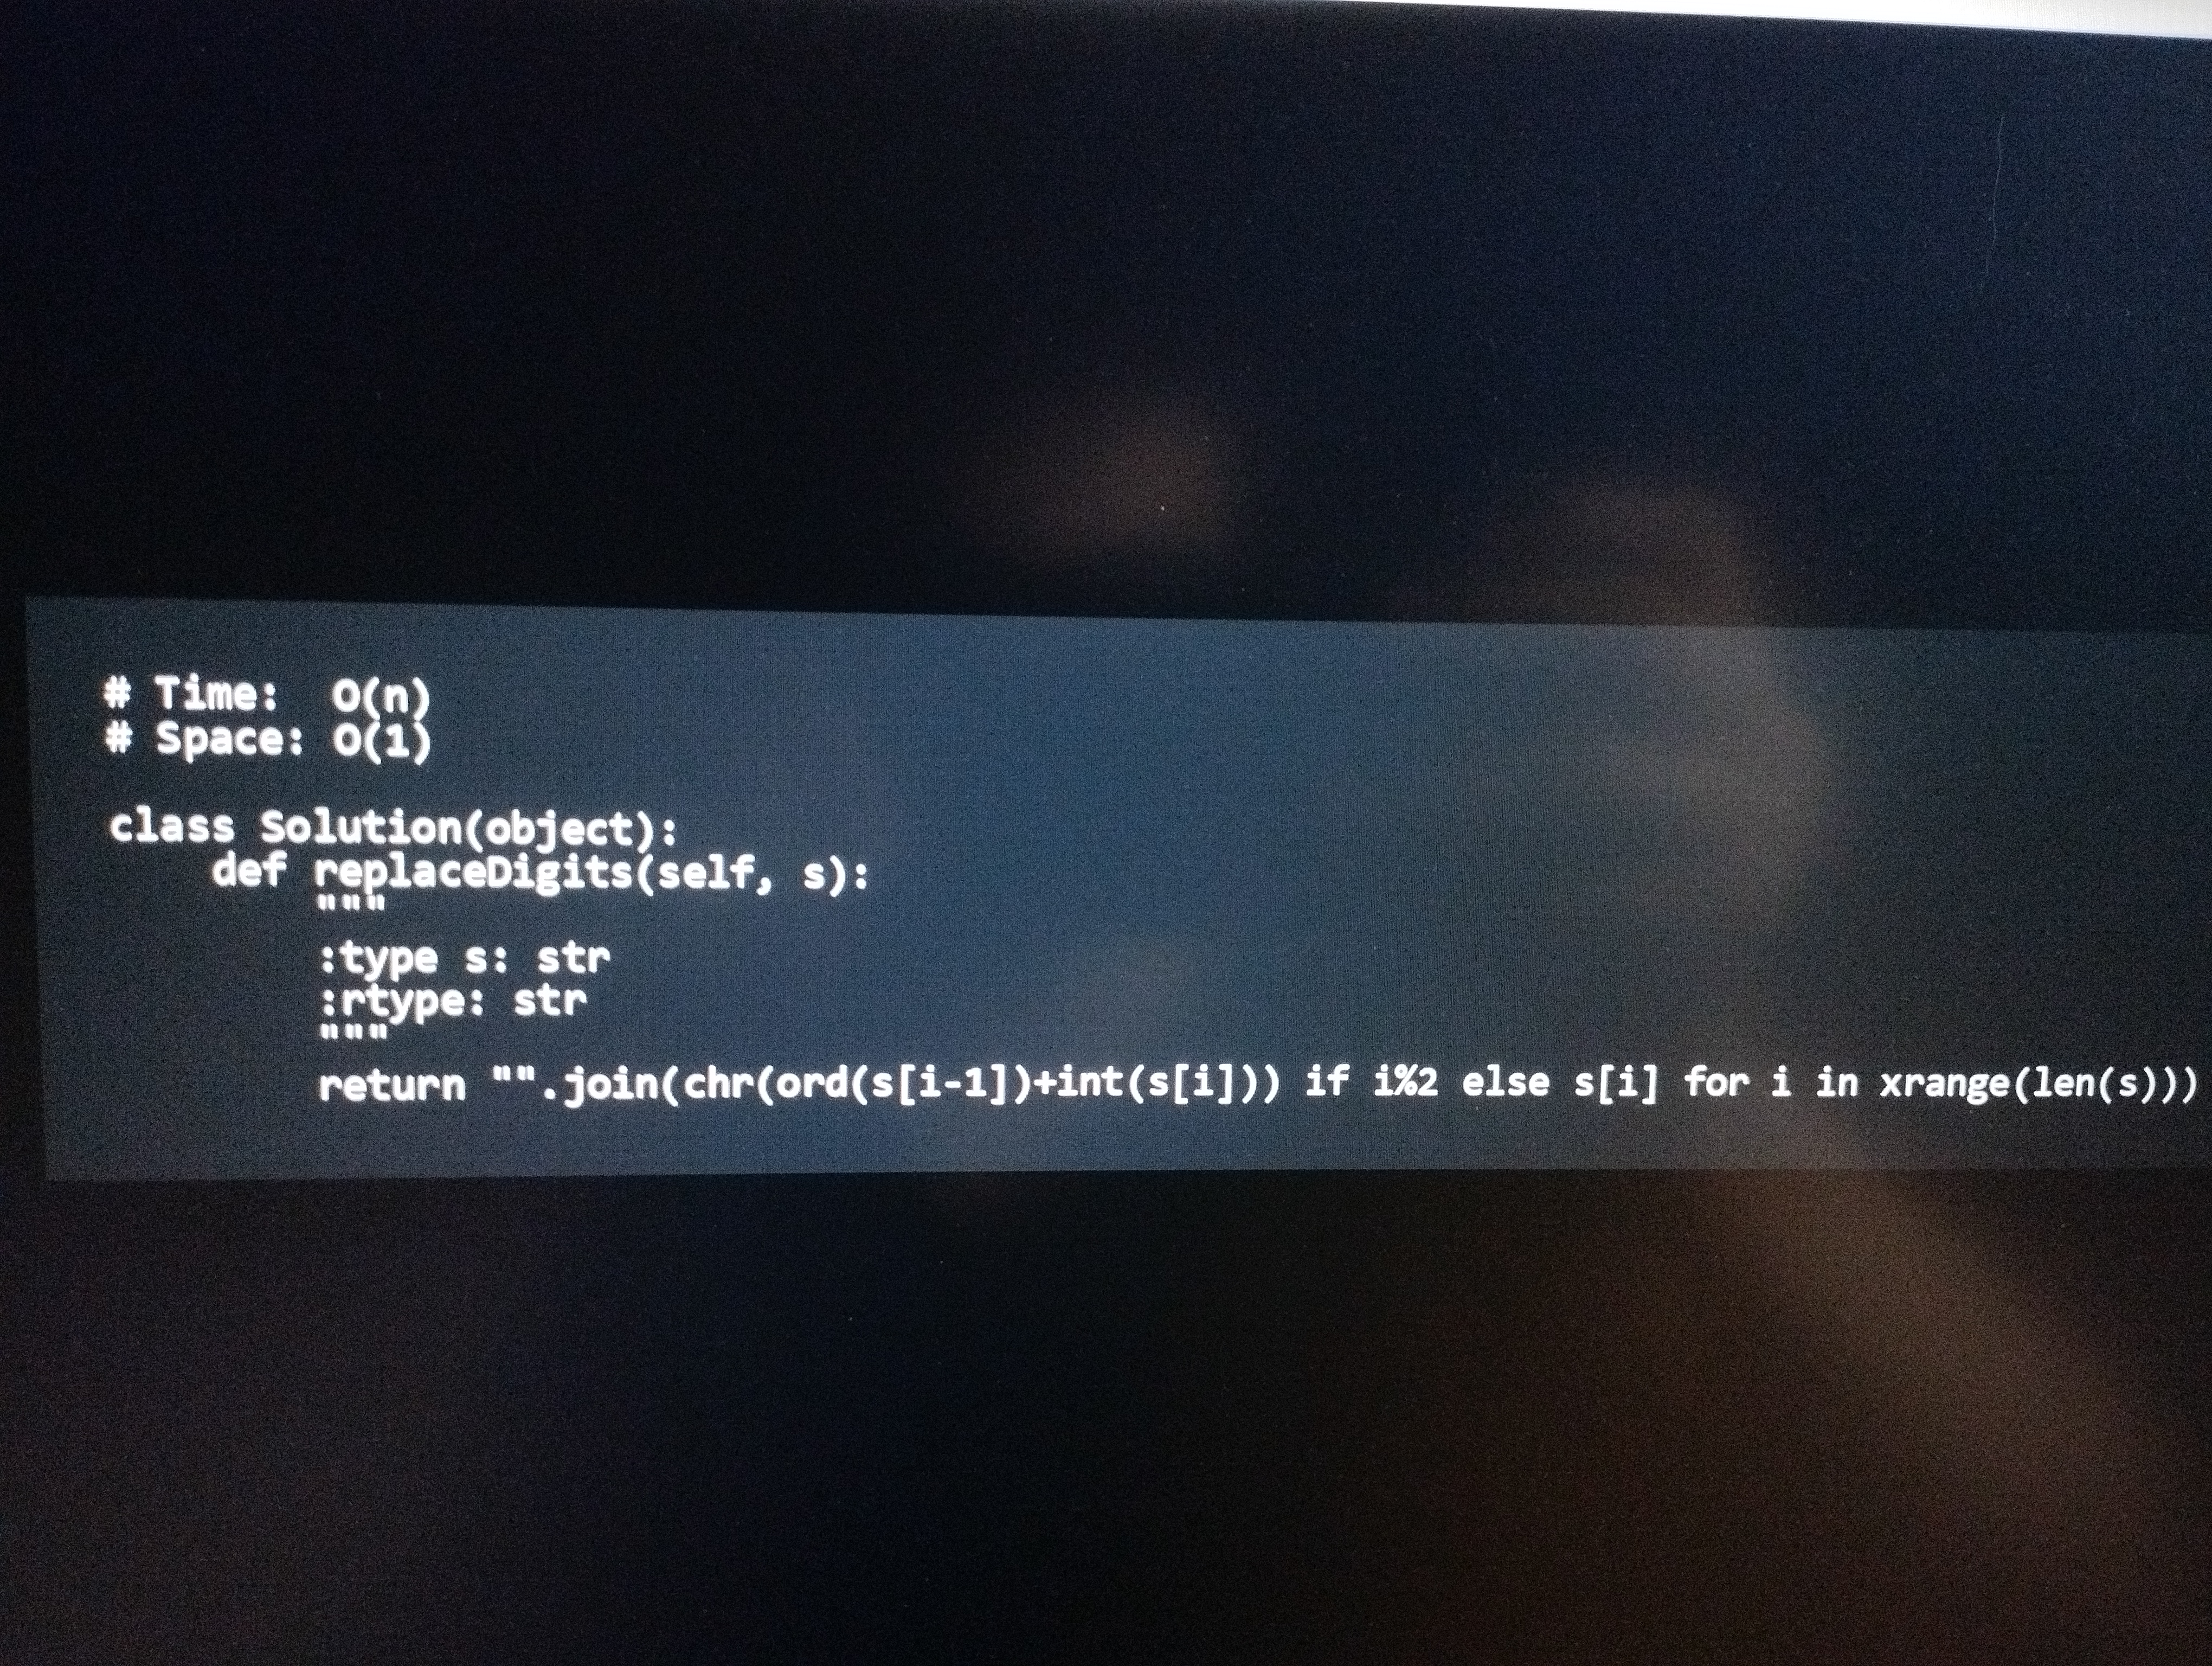
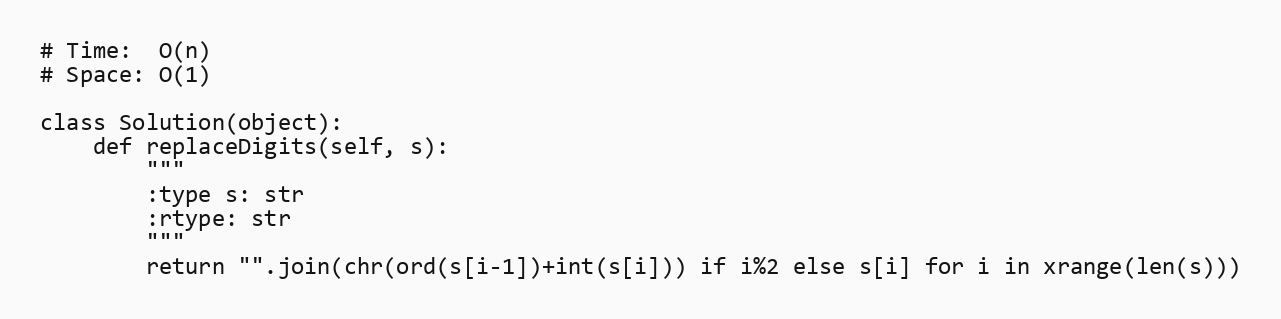
# Time:  O(n)
# Space: O(1)

class Solution(object):
    def replaceDigits(self, s):
        """
        :type s: str
        :rtype: str
        """
        return "".join(chr(ord(s[i-1])+int(s[i])) if i%2 else s[i] for i in xrange(len(s)))